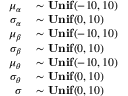
\begin{array} { r l } { \mu _ { \alpha } } & { { } \sim \mathbf { U n i f } ( - 1 0 , 1 0 ) } \\ { \sigma _ { \alpha } } & { { } \sim \mathbf { U n i f } ( 0 , 1 0 ) } \\ { \mu _ { \beta } } & { { } \sim \mathbf { U n i f } ( - 1 0 , 1 0 ) } \\ { \sigma _ { \beta } } & { { } \sim \mathbf { U n i f } ( 0 , 1 0 ) } \\ { \mu _ { \theta } } & { { } \sim \mathbf { U n i f } ( - 1 0 , 1 0 ) } \\ { \sigma _ { \theta } } & { { } \sim \mathbf { U n i f } ( 0 , 1 0 ) } \\ { \sigma } & { { } \sim \mathbf { U n i f } ( 0 , 1 0 ) } \end{array}